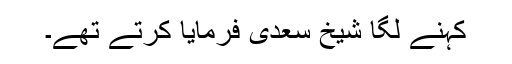
کہنے لگا شیخ سعدی فرمایا کرتے تھے۔